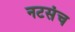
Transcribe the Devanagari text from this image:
नटसंच